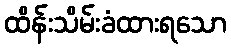
ထိန်းသိမ်းခံထားရသော